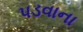
પડવાના